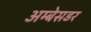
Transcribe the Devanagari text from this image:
अम्बेसडर